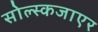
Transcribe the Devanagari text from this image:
सोल्स्कजाएर